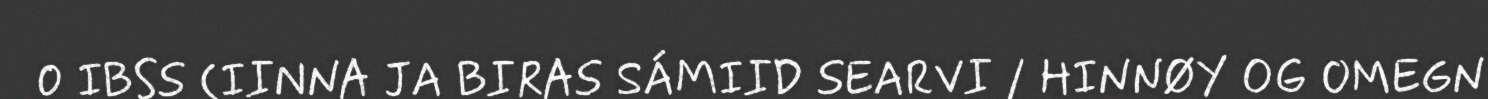
0 IBSS (IINNA JA BIRAS SÁMIID SEARVI / HINNØY OG OMEGN